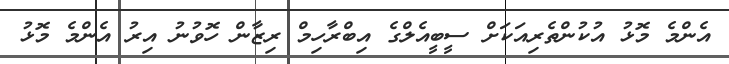
އެންމެ މޮޅު އުކުންތެރިއަކަށް ސީބީއެލްގެ އިބްރާހިމް ރިޒާން ހޮވުނު އިރު އެންމެ މޮޅު